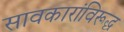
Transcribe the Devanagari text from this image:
सावकारांविरूद्ध